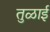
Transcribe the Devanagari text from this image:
तुळाई